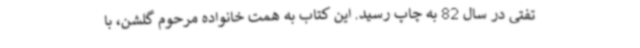
تفتی در سال 82 به چاپ رسید. این کتاب به همت خانواده مرحوم گلشن، با